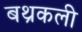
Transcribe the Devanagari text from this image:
बथ्रकली